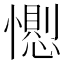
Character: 𢢥